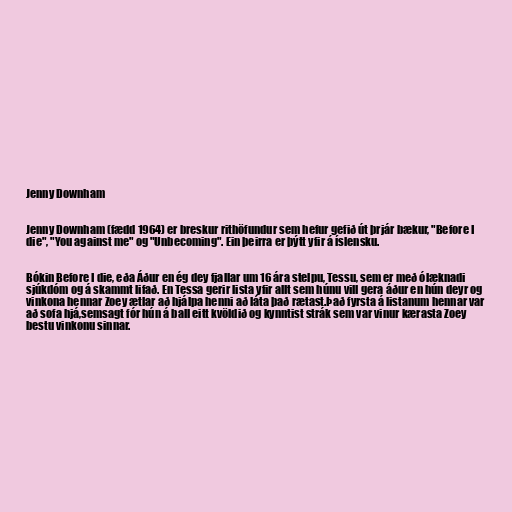
Jenny Downham

Jenny Downham (fædd 1964) er breskur rithöfundur sem hefur gefið út þrjár bækur, "Before I
die", "You against me" og "Unbecoming". Ein þeirra er þýtt yfir á íslensku.

Bókin Before I die, eða Áður en ég dey fjallar um 16 ára stelpu, Tessu, sem er með ólæknadi
sjúkdóm og á skammt lifað. En Tessa gerir lista yfir allt sem húnu vill gera áður en hún deyr og
vinkona hennar Zoey ætlar að hjálpa henni að láta það rætast.Það fyrsta á listanum hennar var
að sofa hjá,semsagt fór hún á ball eitt kvöldið og kynntist strák sem var vinur kærasta Zoey
bestu vinkonu sinnar.